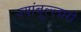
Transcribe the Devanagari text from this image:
ज्यांबूल्लारी